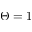
\Theta = 1